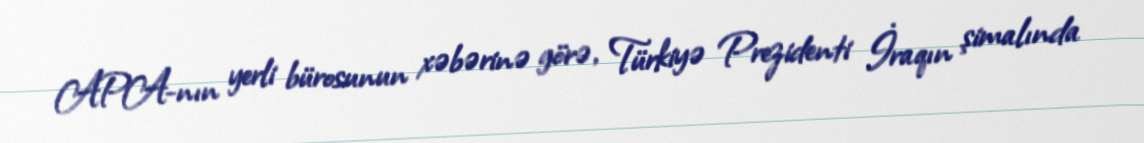
APA-nın yerli bürosunun xəbərinə görə, Türkiyə Prezidenti İraqın şimalında